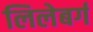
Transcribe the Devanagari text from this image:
लिलेबर्ग